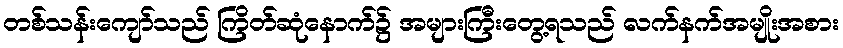
တစ်သန်းကျော်သည် ကြိတ်ဆုံနောက်၌ အများကြီးတွေ့ရသည် လက်နက်အမျိုးအစား